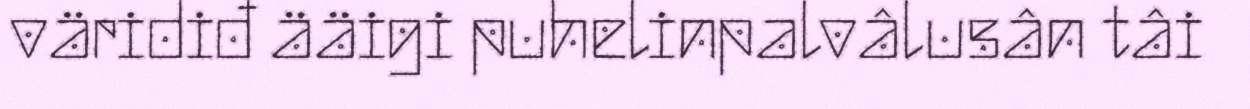
väridiđ ääigi puhelinpalvâlusân tâi